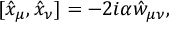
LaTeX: [ \hat { x } _ { \mu } , \hat { x } _ { \nu } ] = - 2 i \alpha \hat { w } _ { \mu \nu } ,